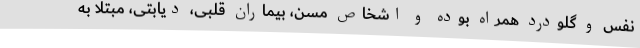
نفس و گلودرد همراه بوده و اشخاص مسن، بیماران قلبی، دیابتی، مبتلا به